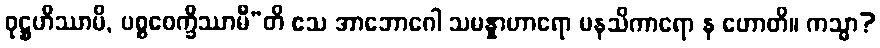
ဝုဋ္ဌဟိဿာမိ, ပစ္စဝေက္ခိဿာမီ”တိ ဧသ အာဘောဂေါ သမန္နာဟာရော မနသိကာရော န ဟောတိ။ ကသ္မာ?